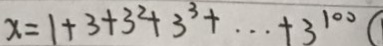
x = 1 + 3 + 3 ^ { 2 } + 3 ^ { 3 } + \cdots + 3 ^ { 1 0 0 } (